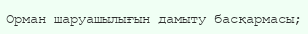
Орман шаруашылығын дамыту басқармасы;